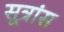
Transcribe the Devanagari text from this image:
सूत्रांस